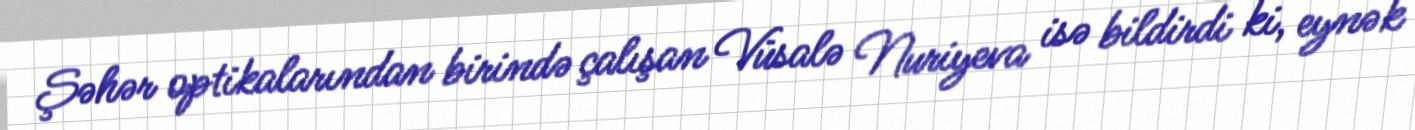
Şəhər optikalarından birində çalışan Vüsalə Nuriyeva isə bildirdi ki, eynək